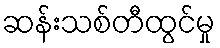
ဆန်းသစ်တီထွင်မှု